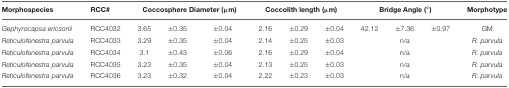
<table><thead><tr><td><b>Morphospecies</b></td><td><b>RCC#</b></td><td colspan="3"><b>Coccosphere Diameter (μm)</b></td><td colspan="3"><b>Coccolith length (μm)</b></td><td colspan="3"><b>Bridge Angle (°)</b></td><td><b>Morphotype</b></td></tr></thead><tbody><tr><td><i>Gephyrocapsa ericsonii</i></td><td>RCC4032</td><td>3.65</td><td>±0.35</td><td>±0.04</td><td>2.16</td><td>±0.29</td><td>±0.04</td><td>42.12</td><td>±7.36</td><td>±0.97</td><td>GM</td></tr><tr><td><i>Reticulofenestra parvula</i></td><td>RCC4033</td><td>3.29</td><td>±0.35</td><td>±0.04</td><td>2.14</td><td>±0.25</td><td>±0.03</td><td></td><td>n/a</td><td></td><td><i>R. parvula</i></td></tr><tr><td><i>Reticulofenestra parvula</i></td><td>RCC4034</td><td>3.1</td><td>±0.43</td><td>±0.06</td><td>2.16</td><td>±0.29</td><td>±0.04</td><td></td><td>n/a</td><td></td><td><i>R. parvula</i></td></tr><tr><td><i>Reticulofenestra parvula</i></td><td>RCC4035</td><td>3.23</td><td>±0.35</td><td>±0.04</td><td>2.13</td><td>±0.25</td><td>±0.03</td><td></td><td>n/a</td><td></td><td><i>R. parvula</i></td></tr><tr><td><i>Reticulofenestra parvula</i></td><td>RCC4036</td><td>3.23</td><td>±0.32</td><td>±0.04</td><td>2.22</td><td>±0.23</td><td>±0.03</td><td></td><td>n/a</td><td></td><td><i>R. parvula</i></td></tr></tbody></table>